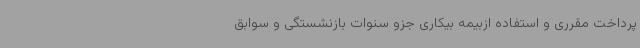
پرداخت مقرری و استفاده ازبیمه بیکاری جزو سنوات بازنشستگی و سوابق